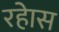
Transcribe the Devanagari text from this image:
रहेास